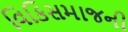
વિકિસમાજની